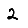
Digit: 2